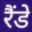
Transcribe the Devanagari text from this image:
रैंडे